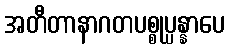
အတီတာနာဂတပစ္စုပ္ပန္နာပေ